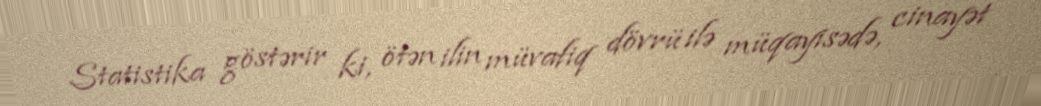
Statistika göstərir ki, ötən ilin müvafiq dövrü ilə müqayisədə, cinayət